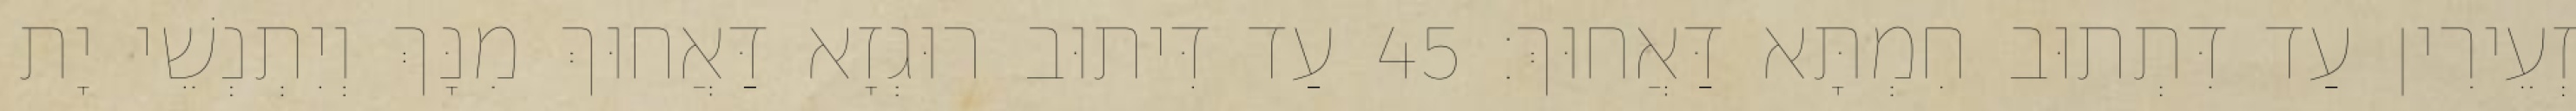
זְעֵירִין עַד דִּתְתוּב חִמְתָּא דַּאֲחוּךְ׃ 45 עַד דִּיתוּב רוּגְזָא דַּאֲחוּךְ מִנָּךְ וְיִתְנְשֵׁי יָת